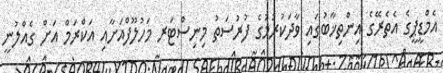
އެމްޑީޕީގެ އެތެރޭގެ އިންތިޚާބުގައި ވާދަކުރުމުގެ ފުރުސަތު މިނިސްޓަރ މަހުލޫފްއަށާއި އަކްރަމް އަށް ގެއްލުނީ